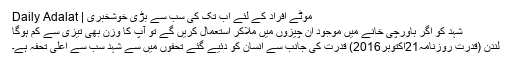
موٹے افراد کے لئے اب تک کی سب سے بڑی خوشخبری | Daily Adalat
شہد کو اگر باورچی خانے میں موجود ان چیزوں میں ملاکر استعمال کریں گے تو آپ کا وزن بھی تیزی سے کم ہوگا
لندن (قدرت روزنامہ21اکتوبر2016) قدرت کی جانب سے انسان کو دئیے گئے تحفوں میں سے شہد سب سے اعلیٰ تحفہ ہے۔